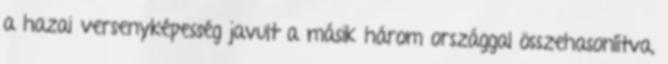
a hazai versenyképesség javult a másik három országgal összehasonlítva,